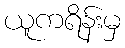
ယူကရိန်းမှ